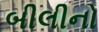
બીલીનો